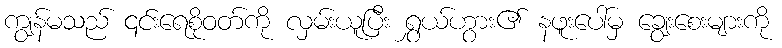
ကျွန်မသည် ၎င်းရေစိုဝတ်ကို လှမ်းယူပြီး ရွှယ်ဟွား၏ နဖူးပေါ်မှ ချွေးစေးများကို